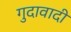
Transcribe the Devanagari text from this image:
गुदावादी